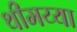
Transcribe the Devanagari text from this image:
थीमय्या